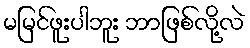
မမြင်ဖူးပါဘူး ဘာဖြစ်လို့လဲ